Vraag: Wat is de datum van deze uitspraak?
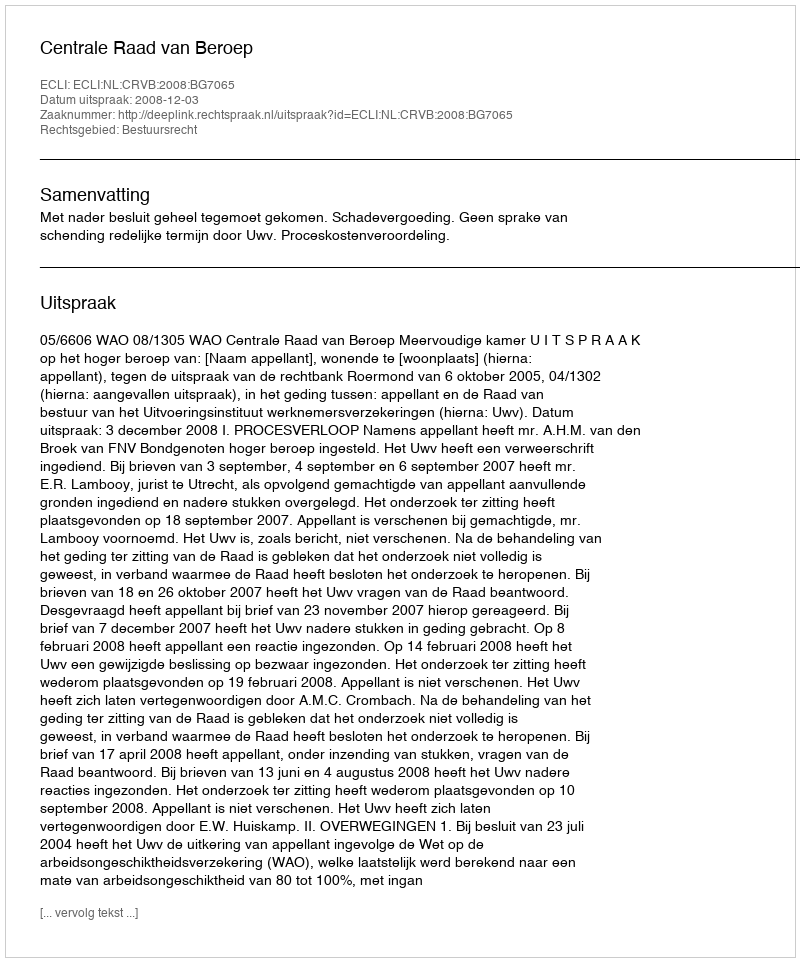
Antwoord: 2008-12-03